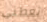
تعطني